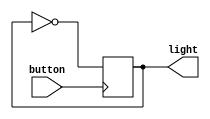
/* Generated by Yosys 0.16+41 (git sha1 29c0a5958, clang 11.0.1-2 -fPIC -Os) */

(* top =  1  *)
(* src = "examples/button.v:1.1-13.10" *)
module button(button, light);
  (* src = "examples/button.v:7.3-9.6" *)
  wire _0_;
  (* src = "examples/button.v:7.3-9.6" *)
  wire _1_;
  (* src = "examples/button.v:5.7-5.16" *)
  wire _2_;
  (* src = "examples/button.v:2.9-2.15" *)
  input button;
  wire button;
  (* src = "examples/button.v:3.10-3.15" *)
  output light;
  wire light;
  (* src = "examples/button.v:5.7-5.16" *)
  reg light_reg;
  assign _1_ = ~_2_;
  (* src = "examples/button.v:7.3-9.6" *)
  always @(posedge button)
    light_reg <= _0_;
  assign light = light_reg;
  assign _2_ = light_reg;
  assign _0_ = _1_;
endmodule